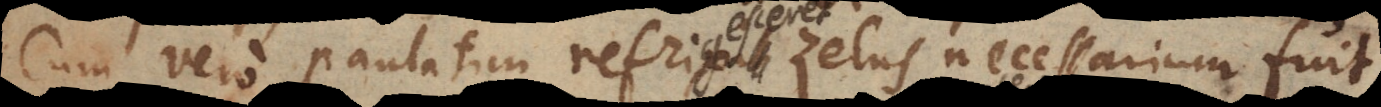
Cum vero paulatim refrigesceret zelus, necessari